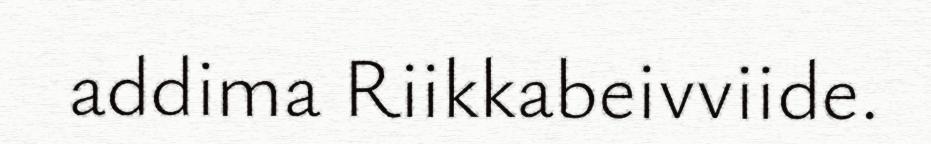
addima Riikkabeivviide.